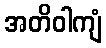
အတိဝါကျံ